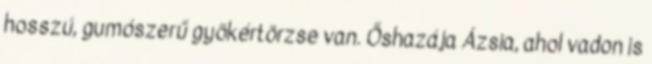
hosszú, gumószerű gyökértörzse van. Őshazája Ázsia, ahol vadon is